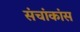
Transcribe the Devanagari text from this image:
संचांकांस